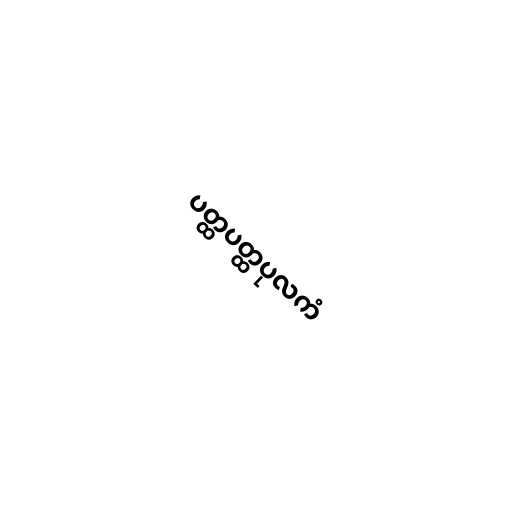
ပတ္ထပတ္ထပုလကံ